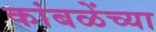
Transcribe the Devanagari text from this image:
कांबळेंच्या